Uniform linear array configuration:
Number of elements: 48
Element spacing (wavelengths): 0.25
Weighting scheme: cosine
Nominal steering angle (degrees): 0
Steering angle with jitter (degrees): -0.2639
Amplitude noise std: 0.05
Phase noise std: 0.05

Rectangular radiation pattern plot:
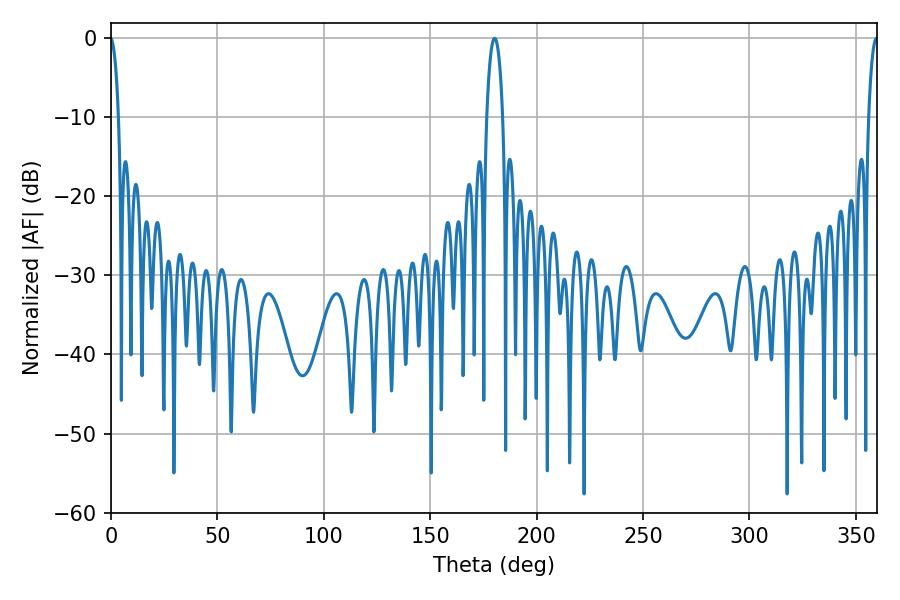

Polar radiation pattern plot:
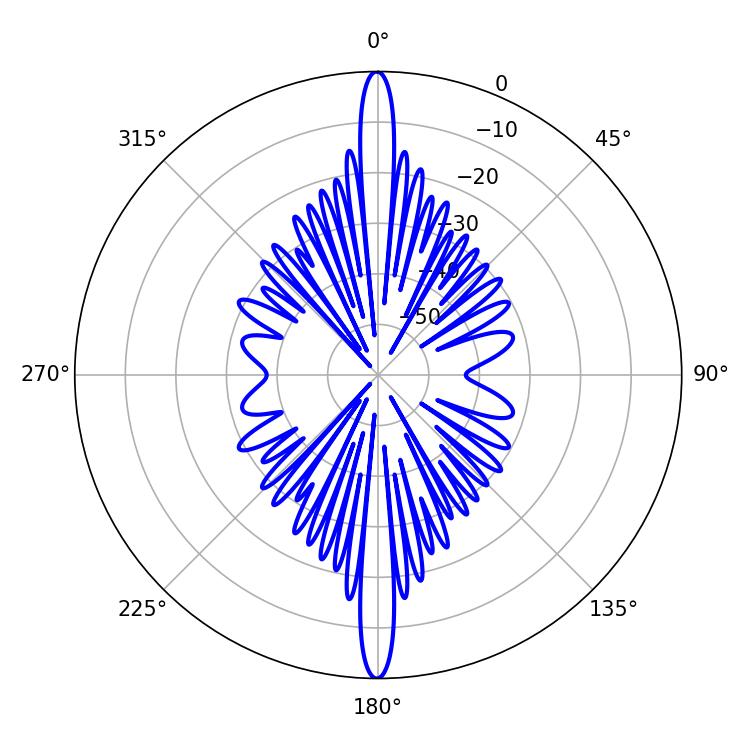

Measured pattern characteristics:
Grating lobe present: FALSE
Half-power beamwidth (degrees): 4.14
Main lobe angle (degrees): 180.18